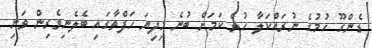
ޑެންގޫ ހުމުގެ ނުރައްކަލާ ހުރެ ކަމަށް ބުނެ މިދިޔަ ހަފްތާގައި ބެލެނިވެރިން ވަނި